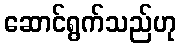
ဆောင်ရွက်သည်ဟု